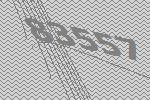
83557